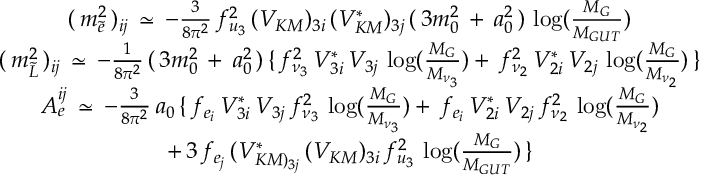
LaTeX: \begin{array} { c } { { ( \, m _ { \widetilde { e } } ^ { 2 } \, ) _ { i j } \, \simeq \, - \frac { 3 } { 8 \pi ^ { 2 } } \, f _ { u _ { 3 } } ^ { 2 } \, ( V _ { K M } ) _ { 3 i } \, ( V _ { K M } ^ { * } ) _ { 3 j } \, ( \, 3 m _ { 0 } ^ { 2 } \, + \, a _ { 0 } ^ { 2 } \, ) \, \log ( \frac { M _ { G } } { M _ { G U T } } ) } } \\ { { ( \, m _ { \widetilde { L } } ^ { 2 } \, ) _ { i j } \, \simeq \, - \frac { 1 } { 8 \pi ^ { 2 } } \, ( \, 3 m _ { 0 } ^ { 2 } \, + \, a _ { 0 } ^ { 2 } \, ) \, \{ \, f _ { \nu _ { 3 } } ^ { 2 } \, V _ { 3 i } ^ { * } \, V _ { 3 j } \, \log ( \frac { M _ { G } } { M _ { \nu _ { 3 } } } ) + \, f _ { \nu _ { 2 } } ^ { 2 } \, V _ { 2 i } ^ { * } \, V _ { 2 j } \, \log ( \frac { M _ { G } } { M _ { \nu _ { 2 } } } ) \, \} } } \\ { { A _ { e } ^ { i j } \, \simeq \, - \frac { 3 } { 8 \pi ^ { 2 } } \, a _ { 0 } \, \{ \, f _ { e _ { i } } \, V _ { 3 i } ^ { * } \, V _ { 3 j } \, f _ { \nu _ { 3 } } ^ { 2 } \, \log ( \frac { M _ { G } } { M _ { \nu _ { 3 } } } ) + \, f _ { e _ { i } } \, V _ { 2 i } ^ { * } \, V _ { 2 j } \, f _ { \nu _ { 2 } } ^ { 2 } \, \log ( \frac { M _ { G } } { M _ { \nu _ { 2 } } } ) } } \\ { { + \, 3 \, f _ { e _ { j } } \, ( V _ { K M ) _ { 3 j } } ^ { * } \, ( V _ { K M } ) _ { 3 i } \, f _ { u _ { 3 } } ^ { 2 } \, \log ( \frac { M _ { G } } { M _ { G U T } } ) \, \} } } \end{array}